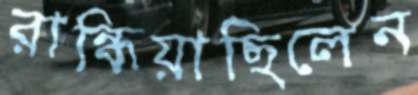
রান্ধিয়াছিলেন